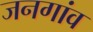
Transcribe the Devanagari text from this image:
जनगांव